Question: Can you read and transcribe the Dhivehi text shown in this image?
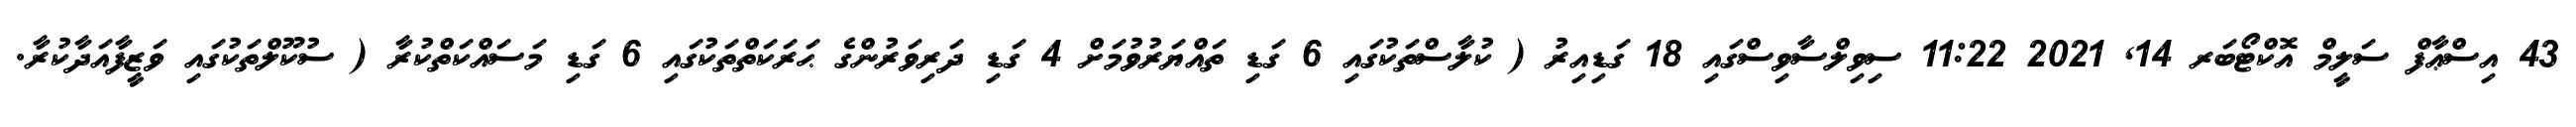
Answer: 43 އިސްޢާފް ސަލީމް އޮކްޓޯބަރ 14, 2021 11:22 ސިވިލްސާވިސްގައި 18 ގަޑިއިރު ( ކުލާސްތަކުގައި 6 ގަޑި ތައްޔަރުވުމަށް 4 ގަޑި ދަރިވަރުންގެ ޙަރަކަތްތަކުގައި 6 ގަޑި މަސައްކަތްކުރާ ( ސުކޫލްތަކުގައި ވަޒީފާއަދާކުރާ.